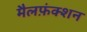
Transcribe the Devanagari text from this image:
मैलफ़ंक्शन